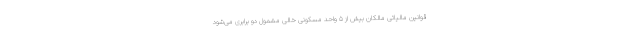
قوانین مالیاتی مالکان بیش از ۵ واحد مسکونی خالی مشمول دو برابری می‌شود